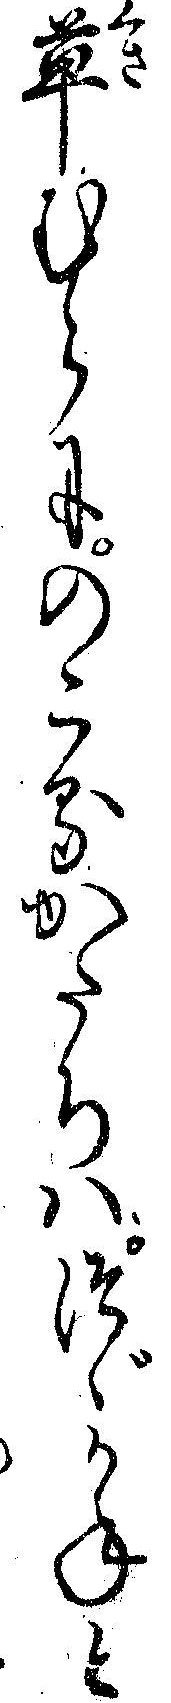
草むらにのこるかたちハつゞかねと